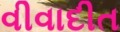
વીવાદીત